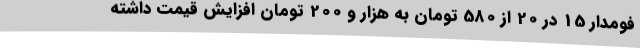
فومدار 15 در 20 از 580 تومان به هزار و 200 تومان افزایش قیمت داشته